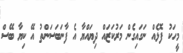
މީހަކު ފޮޅެއް ނަގައިގެން މަރުކަޒައް ދިޔައްޔާ އެ ފާނަބަސަންތު އޭ ކިޔާ ބޭސް